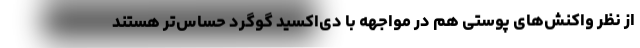
از نظر واکنش‌های پوستی هم در مواجهه با دی‌اکسید گوگرد حساس‌تر هستند